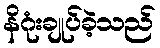
နိဂုံးချုပ်ခဲ့သည်